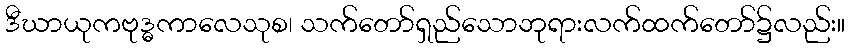
ဒီဃာယုကဗုဒ္ဓကာလေသုစ၊ သက်တော်ရှည်သောဘုရားလက်ထက်တော်၌လည်း။